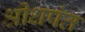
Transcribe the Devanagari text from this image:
श्रीधपंत